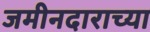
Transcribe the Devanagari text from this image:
जमीनदाराच्या